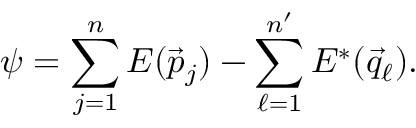
\psi = \sum _ { j = 1 } ^ { n } { \cal E } ( \vec { p } _ { j } ) - \sum _ { \ell = 1 } ^ { n ^ { \prime } } { \cal E } ^ { * } ( \vec { q } _ { \ell } ) .